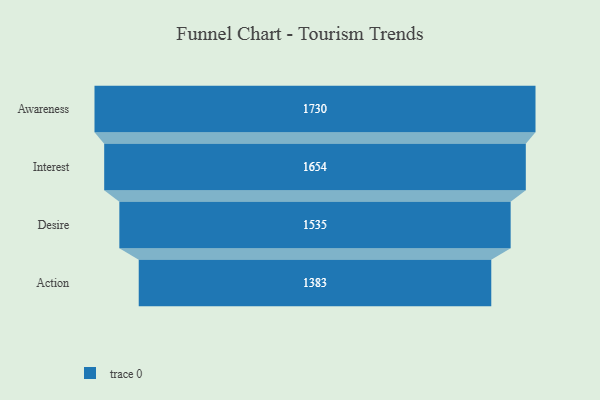
{"axis": {"x": "Stage", "y": "Value"}, "legend": [""], "data": [{"x": "Awareness", "y": 1730.0, "type": ""}, {"x": "Interest", "y": 1654.0, "type": ""}, {"x": "Desire", "y": 1535.0, "type": ""}, {"x": "Action", "y": 1383.0, "type": ""}]}